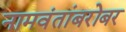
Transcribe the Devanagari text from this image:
नामवंतांबरोबर